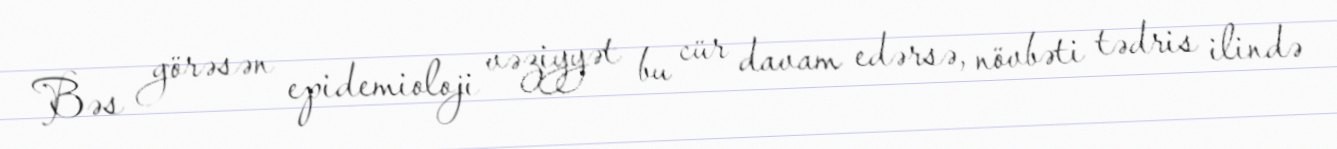
Bəs görəsən epidemioloji vəziyyət bu cür davam edərsə, növbəti tədris ilində